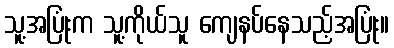
သူ့အပြုံးက သူ့ကိုယ်သူ ကျေနပ်နေသည့်အပြုံး။